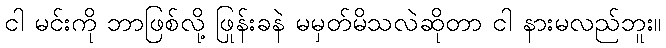
ငါ မင်းကို ဘာဖြစ်လို့ ဖြုန်းခနဲ မမှတ်မိသလဲဆိုတာ ငါ နားမလည်ဘူး။